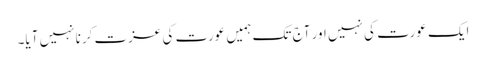
ایک عورت کی نہیں اور آج تک ہمیں عورت کی عزت کرنا نہیں آیا۔